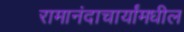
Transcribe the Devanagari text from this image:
रामानंदाचार्यांमधील